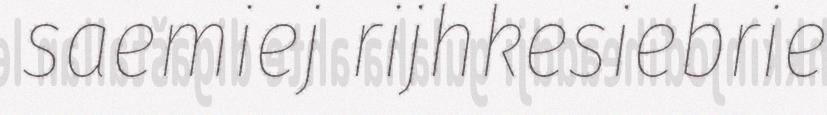
saemiej rijhkesiebrie